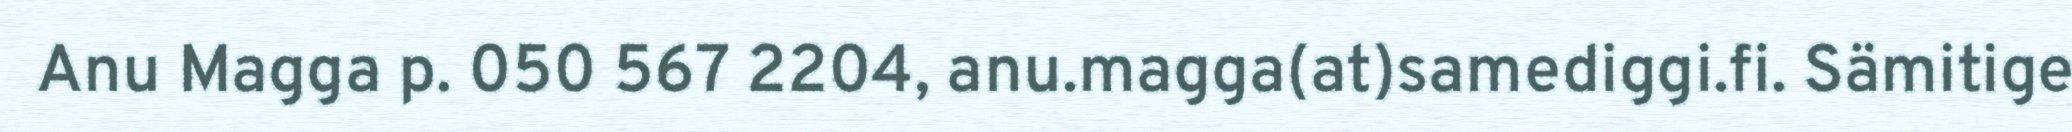
Anu Magga p. 050 567 2204, anu.magga(at)samediggi.fi. Sämitige